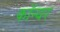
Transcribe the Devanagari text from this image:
कॉन्यर